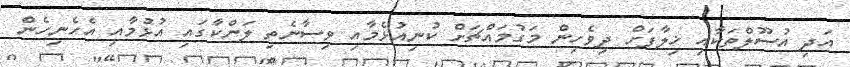
އަދި އުސޫލްތަކާއި ޚިލާފަށް ދިވެހިން މަގުމައްޗަށް ކުނިއުޅެމާއި ވިސާނެތި ލަންކާގައި އުޅުމާއި އެހެނިހެން